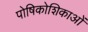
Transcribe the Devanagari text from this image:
पोषिकोशिकाओं